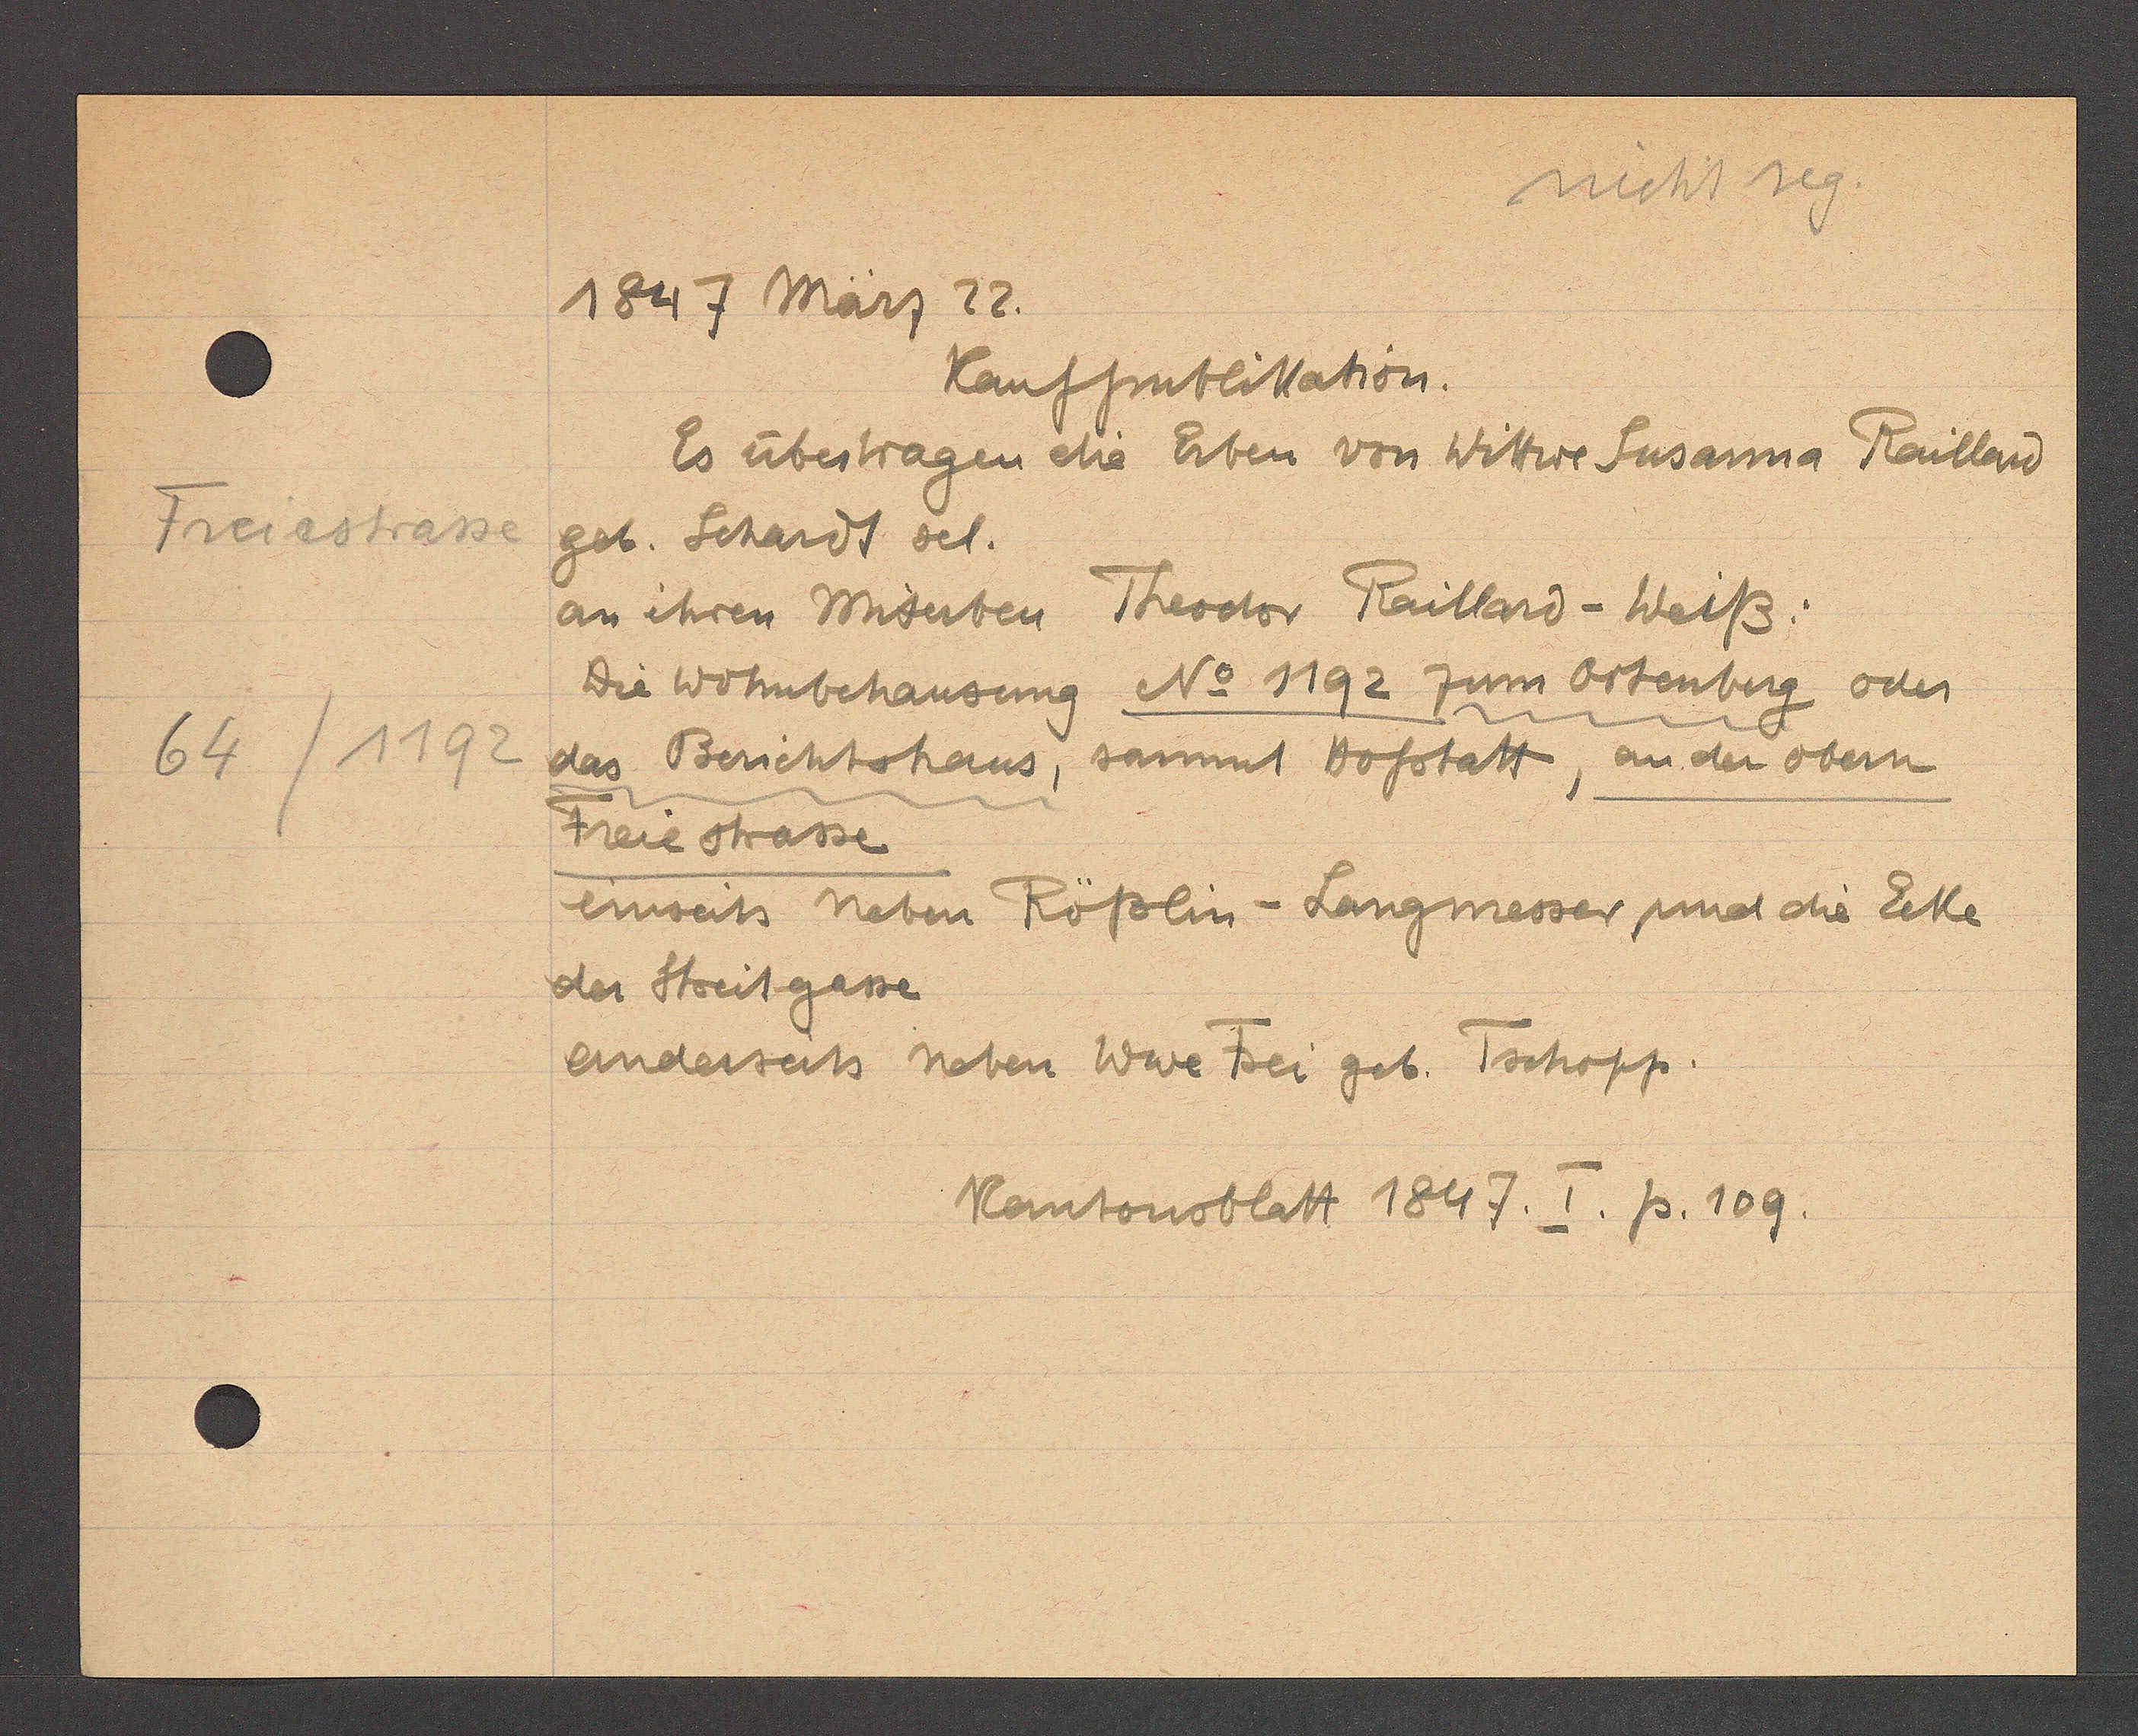
Transcript:
Freiestrasse
64/1192

1847 März 22.

Kaufpublikation.
Es übertragen die Erben von Wittwe Susanna Raillard
geb. Schardt sel.
an ihren Miterben Theodor Raillard - Weiß:
Die Wohnbehausung No 1192 zum Ortenberg oder
das Berichtshaus, sammt Hofstatt, an der obern
Freie strasse
einseits neben Rößlin - Langmesser und die Ecke
der Streitgasse

anderseits neben Wwe Frei geb. Tschopp.
Kantonsblatt 1847. I. p. 109.